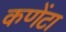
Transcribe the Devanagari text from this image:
कणेंटा